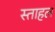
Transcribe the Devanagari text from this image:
स्ताहल